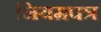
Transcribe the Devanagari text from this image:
नियमपत्र